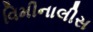
વિમીનાલીસ